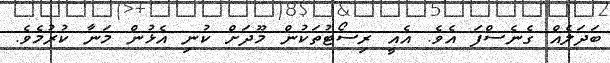
ބަދަލެއް ގެނެސްފަ އެވެ. އެއީ ރިސޯޓުތަކުން މޫދަށް ކުނި އެޅުން މަނާ ކުރުމެވެ.